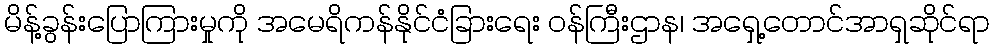
မိန့်ခွန်းပြောကြားမှုကို အမေရိကန်နိုင်ငံခြားရေး ဝန်ကြီးဌာန၊ အရှေ့တောင်အာရှဆိုင်ရာ